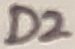
Text: D2